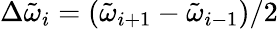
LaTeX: \Delta\tilde{\omega}_{i}=(\tilde{\omega}_{i+1}-\tilde{\omega}_{i-1})/2